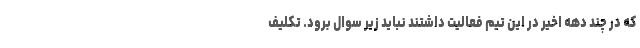
که در چند دهه اخیر در این تیم فعالیت داشتند نباید زیر سوال برود. تکلیف